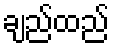
ချည်ထည်